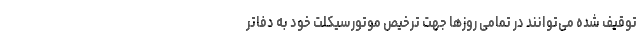
توقیف شده می‌توانند در تمامی روزها جهت ترخیص موتورسیکلت خود به دفاتر